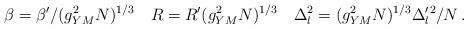
LaTeX: \begin{align*}\beta = \beta' / (g^2_{YM} N)^{1/3} \quad R = R' (g^2_{YM} N)^{1/3} \quad \Delta_l^2 = (g^2_{YM} N)^{1/3} \Delta'_l{}^2 / N\,.\end{align*}